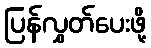
ပြန်လွှတ်ပေးဖို့